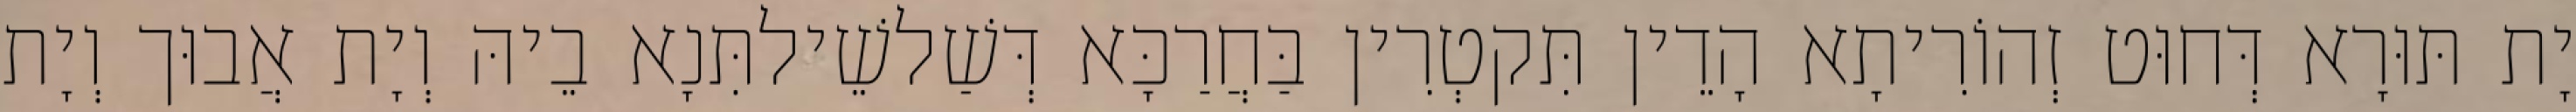
יָת תּוּרָא דְּחוּט זְהוֹרִיתָא הָדֵין תִּקטְרִין בַּחֲרַכָּא דְּשַׁלשֵׁילתִּנָא בֵיהּ וְיָת אֲבוּך וְיָת